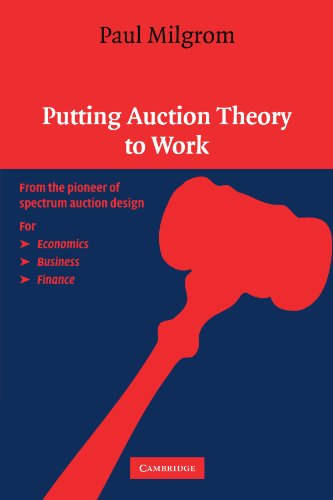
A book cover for Putting Auction Theory to Work (Churchill Lectures in Economics); Paul Milgrom; Business & Money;